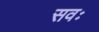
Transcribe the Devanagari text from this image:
सवः